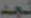
نجد